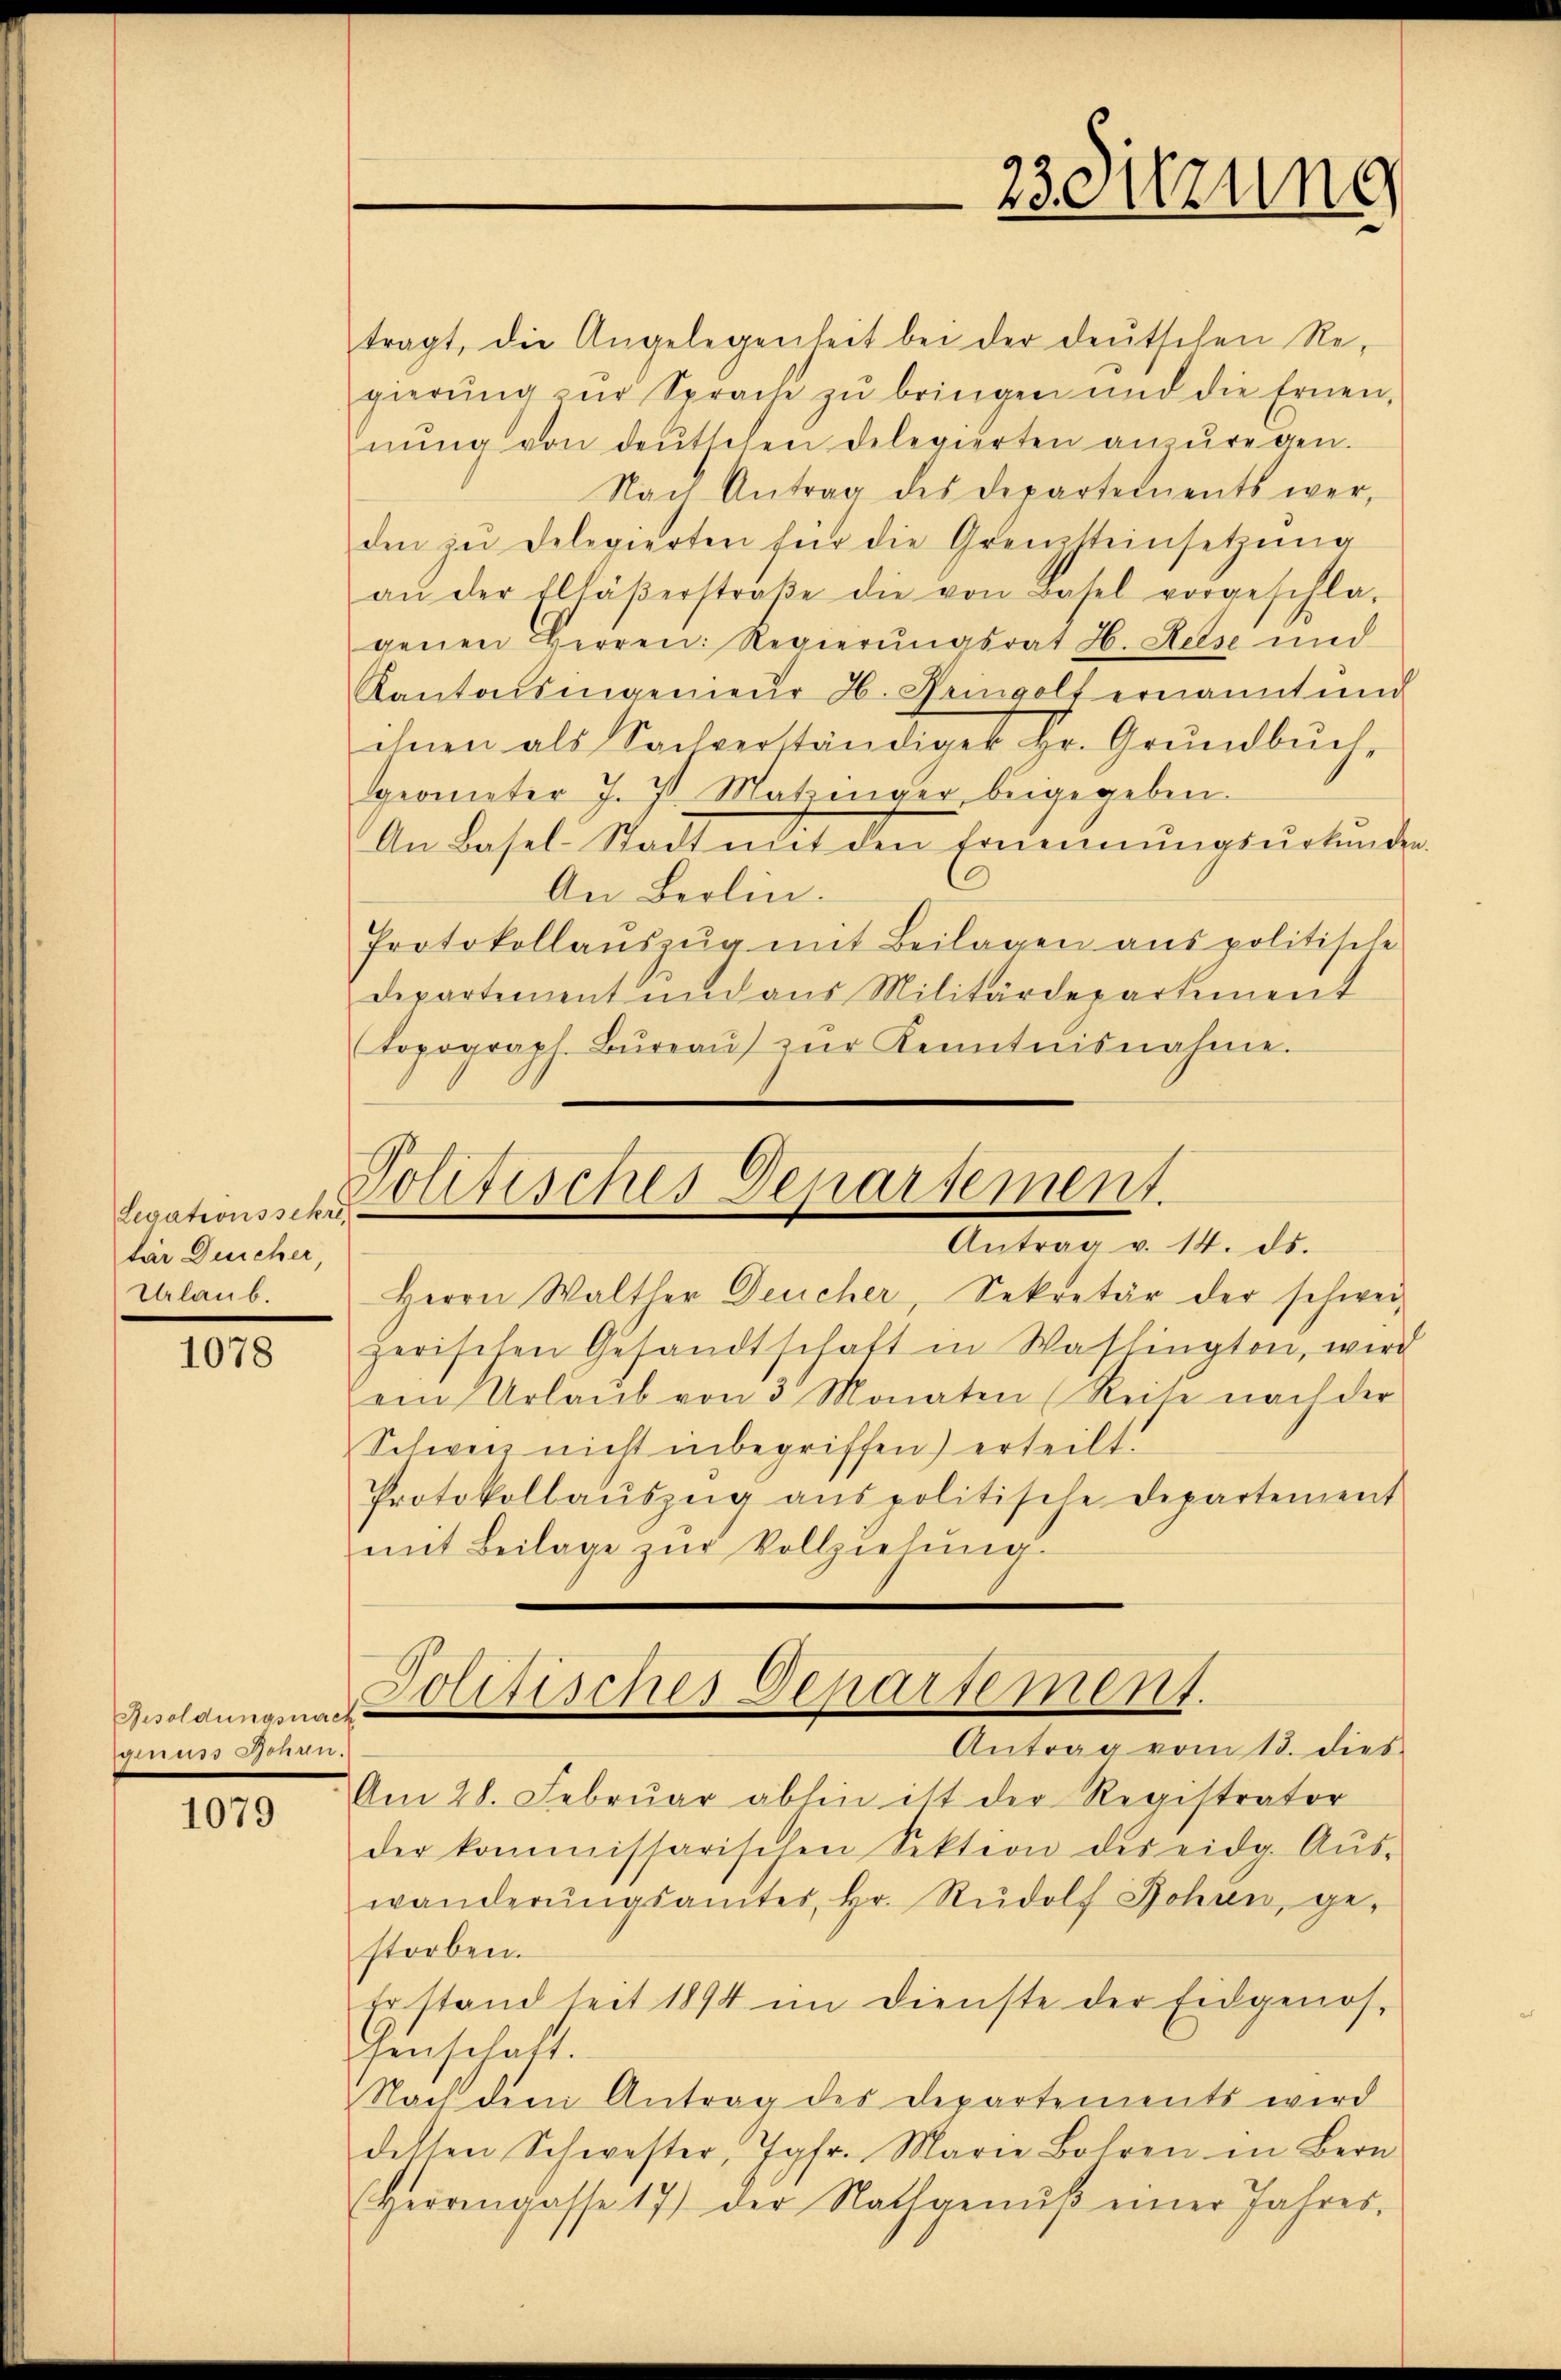
Legationssekre
tir Deicher,
Urlaub.

1078

Besoldungsnach
ns Gene

1079

23 Sitzung

Politisches Departement.
Antrag v. 14. ds.

tragt, die Angelegenheit bei der deutschen Re-
gierŭng zŭr Sprache zŭ bringen und die Ernen-
nŭng von deŭtschen Delegierten anzŭregen.
Nach Antrag des Departements wer-
den zŭ delegierten für die Grenzsteinsetzŭng
an der Eltäβerstraβe die von Basel vorgeschla-
genen Herren: Regierungsrat H. Helse und
Kantonsingenieur H. Gringolf ernannt und
ihnen als Sachverständiger Hr. Grundbuch-
geometer J. J. Matzinger, beigegeben.
An Basel-Stadt mit den Ernennungsurkunden
An Berlin.
Protokollaŭszŭg mit Beilagen aus politische
departement und aus Militärdepartement
Topograph. Büreaŭ zŭr Kenntnisnahme.

Herrn Walther Deucher, Sekretär der schwei-
zerischen Gesandtschaft in Washington, wird
ein Urlaub von 3 Monaten (Reise nach der
Schweiz nicht inbegriffen) erteilt.
Protokollaŭszŭg anspolitische Departement
mit Beilage zur Vollziehung.

Politisches Departement.

Antrag vom 18. dies
Am 28. Febrŭar abhin ist der Registrator
der kommissarischen Sektion des eidg. Aŭs-
wänderŭngsamtes, Hr. Rŭdolf Johan, ge-
storben.
Er stand seit 1894 im Dienste der Eidgenos-
henschaft.
Nach dem Antrag des Departements wird
delten Schwester, Jgfr. Marie Bohren in Bern
Herrengasse 17) der Nathgenŭβ einer Jahres-